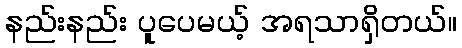
နည်းနည်း ပူပေမယ့် အရသာရှိတယ်။